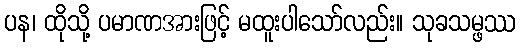
ပန၊ ထိုသို့ ပမာဏအားဖြင့် မထူးပါသော်လည်း။ သုခသမ္ဖဿ